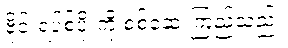
ဗိုင်းရပ်စ်ပိုးကို စစ်ဆေးကြည့်သည်။